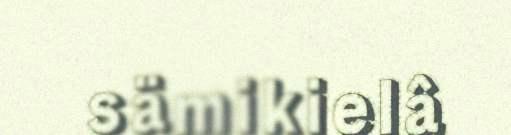
sämikielâ